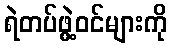
ရဲတပ်ဖွဲ့ဝင်များကို